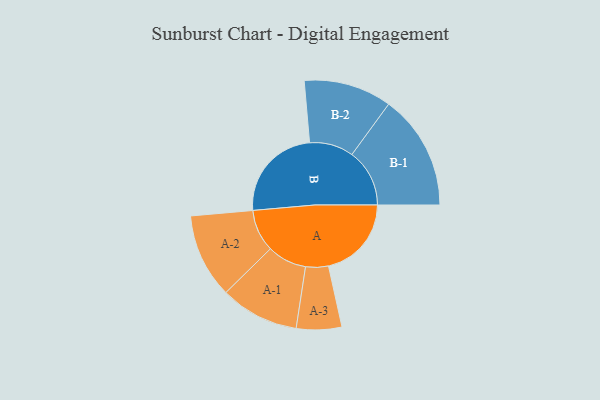
{"axis": {"x": "Segment", "y": "Value"}, "legend": ["", "A", "B"], "data": [{"x": "A", "y": 377, "type": ""}, {"x": "B", "y": 438, "type": ""}, {"x": "A-1", "y": 179, "type": "A"}, {"x": "A-2", "y": 192, "type": "A"}, {"x": "A-3", "y": 103, "type": "A"}, {"x": "B-1", "y": 262, "type": "B"}, {"x": "B-2", "y": 200, "type": "B"}]}